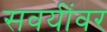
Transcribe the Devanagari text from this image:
सवयींवर